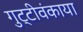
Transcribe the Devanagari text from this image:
गुट्टीवंकाया